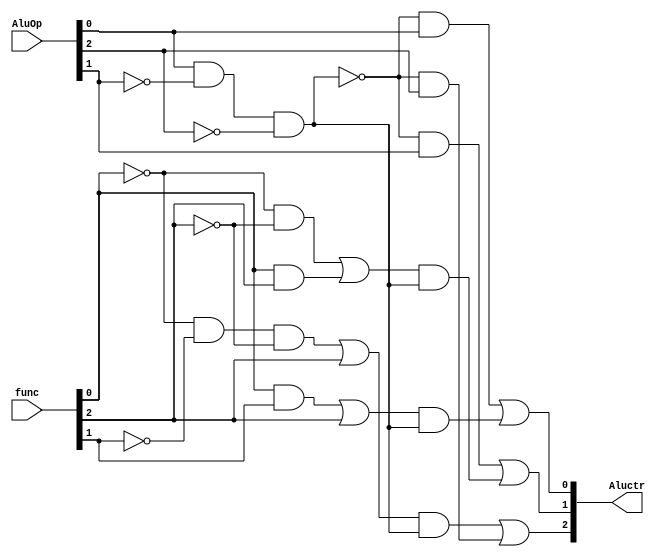
module alu_control(func,AluOp,Aluctr);
input [2:0] func;//001
input[2:0] AluOp;//001
output [2:0] Aluctr;
wire r1,r2,r3,r4,r5,r6,r7,r8,r9,r10,r11,r12,r13;
wire notF0,notF1,notF2,notAluOp0,notAluOp1,notAluOp2,isRtype,notRtype;




not(notF0,func[0]);
not(notF1,func[1]);
not(notF2,func[2]);

not(notAluOp0,AluOp[0]); 
not(notAluOp1,AluOp[1]); 
not(notAluOp2,AluOp[2]); 
and(isRtype,AluOp[0],notAluOp1,notAluOp2);
not(notRtype,isRtype);


//Aluctr<2>
and(r1,notF0,notF1,notF2); //000 condition
or(r2,r1,func[2]);	// 1xx or 000 condition 
and(r3,r2,isRtype); // rtype

and(r4,notRtype,AluOp[2]);// if notRtype and AluOp[2]==1
or(Aluctr[2],r3,r4);

//Aluctr<1>
and(r5,notF0,notF2);  //0x0 condition
and(r6,func[0],func[2]);	//1x1 cond
or(r7,r5,r6); //1x1 or 0x0
and(r8,r7,isRtype); // rtype

and(r9,notRtype,AluOp[1]); // if notRtype and AluOp[1]==1
or(Aluctr[1],r9,r8);

//Aluctr<0>
and(r10,func[0],func[1]); // x11 cond
or(r11,r10,func[2]); // x11 or 1xx
and(r12,r11,isRtype); // rtype

and(r13,notRtype,AluOp[0]);// if notRtype and AluOp[0]==1
or(Aluctr[0],r13,r12);
endmodule